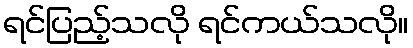
ရင်ပြည့်သလို ရင်ကယ်သလို။